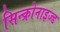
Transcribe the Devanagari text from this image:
सिन्क्रोनाइज्ड